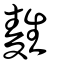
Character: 𪌜